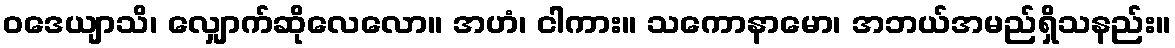
ဝဒေယျာသိ၊ လျှောက်ဆိုလေလော။ အဟံ၊ ငါကား။ သကောနာမော၊ အဘယ်အမည်ရှိသနည်း။